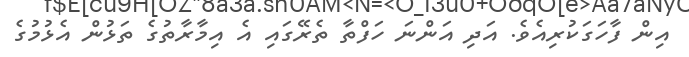
އިން ފާހަގަކުރިއެެވެ. އަދި އަންނަ ހަފްތާ ތެރޭގައި އެ އިމާރާތުގެ ތަޅުން އެޅުމުގެ